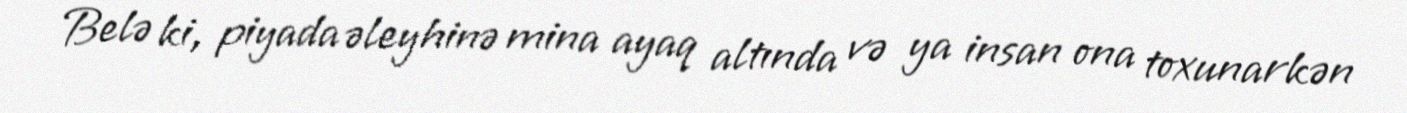
Belə ki, piyada əleyhinə mina ayaq altında və ya insan ona toxunarkən